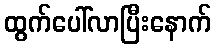
ထွက်ပေါ်လာပြီးနောက်